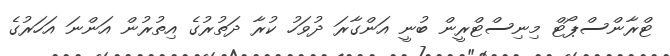
ޓްރާންސްޕޯޓް މިނިސްޓްރީން ބުނީ އަންގާރަ ދުވަހު ކުރާ ދަތުރުގެ އިތުރުން އަންނަ އަހަރުގެ